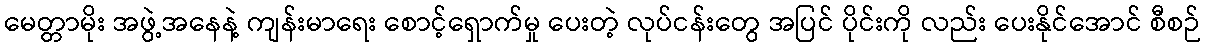
မေတ္တာမိုး အဖွဲ့အနေနဲ့ ကျန်းမာရေး စောင့်ရှောက်မှု ပေးတဲ့ လုပ်ငန်းတွေ အပြင် ပိုင်းကို လည်း ပေးနိုင်အောင် စီစဉ်